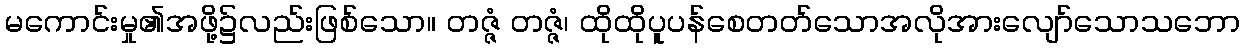
မကောင်းမှု၏အဖို့၌လည်းဖြစ်သော။ တဇ္ဇံ တဇ္ဇံ၊ ထိုထိုပူပန်စေတတ်သောအလိုအားလျော်သောသဘော